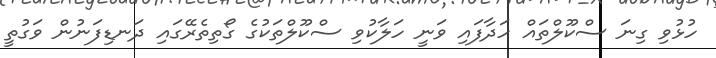
ހުޅުވި ގިނަ ސްކޫލްތައް ހަދާފައި ވަނީ ހަލާކުވި ސްކޫލްތަކުގެ ގޯތިތެރޭގައި ދަނޑިފަނުން ވަގުތީ